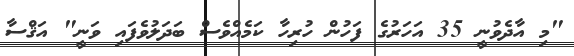
"މި އާދެވުނީ 35 އަހަރުގެ ފަހުން ހުރިހާ ކަމެއްވެސް ބަދަލުވެފައި ވަނީ" އަޤްސާ